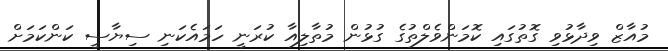
މުއާޒް ވިދާޅުވި ގޮތުގައި ކޮމަންވެލްތުގެ ގުޅުން މުތާލިއާ ކުރަނީ ހަމައެކަނި ސިޔާސީ ކަންކަމަށް